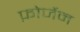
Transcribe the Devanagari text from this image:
फ़ोर्जेन